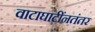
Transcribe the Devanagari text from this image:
वाटाघाटींनतंतर